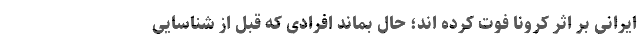
ایرانی بر اثر کرونا فوت کرده اند؛ حال بماند افرادی که قبل از شناسایی